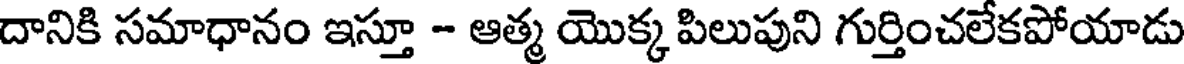
దానికి సమాధానం ఇస్తూ - ఆత్మ యొక్క పిలుపుని గుర్తించలేకపోయాడు